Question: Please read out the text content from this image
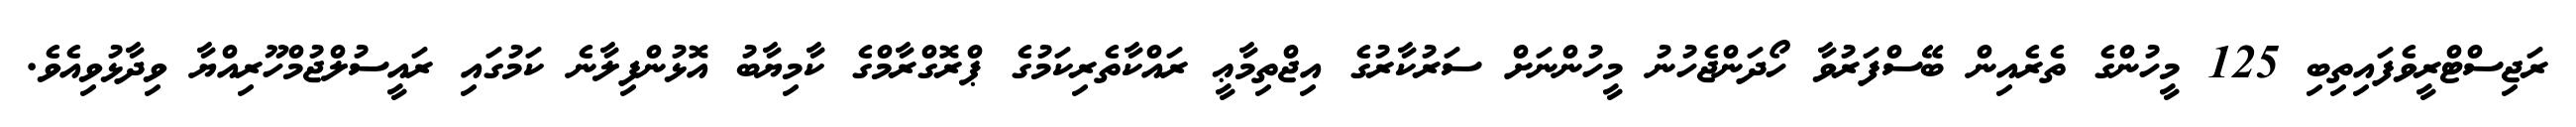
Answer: ރަޖިސްޓްރީވެފައިތިބި 125 މީހުންގެ ތެރެއިން ބޭސްފަރުވާ ހޯދަންޖެހުނު މީހުންނަށް ސަރުކާރުގެ އިޖްތިމާޢީ ރައްކާތެރިކަމުގެ ޕްރޮގްރާމްގެ ކާމިޔާބު އޮޅުންފިލާނެ ކަމުގައި ރައީސުލްޖުމްހޫރިއްޔާ ވިދާޅުވިއެވެ.